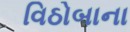
વિઠોબાના